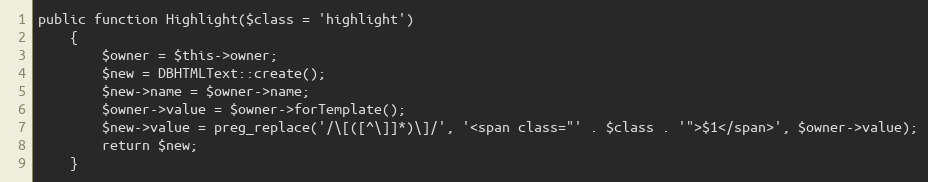
Language: PHP
public function Highlight($class = 'highlight')
    {
        $owner = $this->owner;
        $new = DBHTMLText::create();
        $new->name = $owner->name;
        $owner->value = $owner->forTemplate();
        $new->value = preg_replace('/\[([^\]]*)\]/', '<span class="' . $class . '">$1</span>', $owner->value);
        return $new;
    }